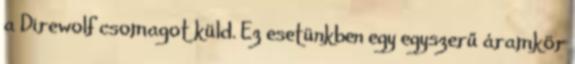
a Direwolf csomagot küld. Ez esetünkben egy egyszerű áramkör